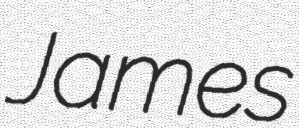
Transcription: James